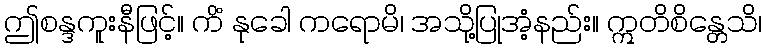
ဤစန္ဒကူးနီဖြင့်။ ကိံ နုခေါ ကရောမိ၊ အသို့ပြုအံ့နည်း။ ဣတိစိန္တေသိ၊